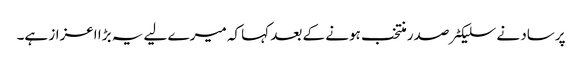
پرساد نے سلیکٹر صدر منتخب ہونے کے بعد کہا کہ میرے لیے یہ بڑا اعزاز ہے۔